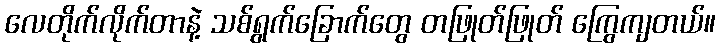
လေတိုက်လိုက်တာနဲ့ သစ်ရွက်ခြောက်တွေ တဖြုတ်ဖြုတ် ကြွေကျတယ်။